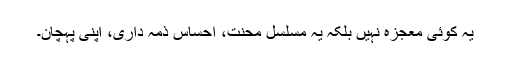
یہ کوئی معجزہ نہیں بلکہ یہ مسلسل محنت، احساس ذمہ داری، اپنی پہچان۔